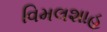
વિમલશાહ